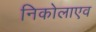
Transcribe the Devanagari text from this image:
निकोलाएव